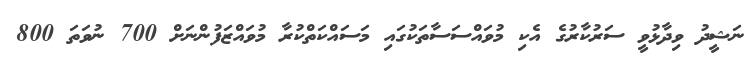
ނަޝީދު ވިދާޅުވީ ސަރުކާރުގެ އެކި މުވައްސަސާތަކުގައި މަސައްކަތްކުރާ މުވައްޒަފުންނަށް 700 ނުވަތަ 800